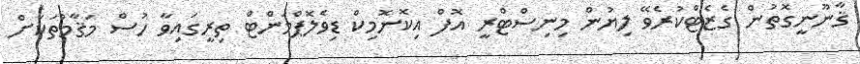
ޤާނޫނީގޮތުން ގެޒެޓްކުރެވޭ ލިޔުން މިނިސްޓްރީ އޮފް އިކޮނޮމިކް ޑިވެލޮޕްމަންޓް ތިރީގައިވާ ހުސް މަޤާމުތަކަށް